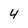
Character: 4